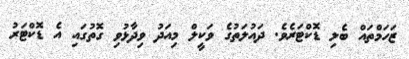
ޒަހަމްތައް ބެލި ޑޮކްޓަރެވެ. ދައުލަތުގެ ވަކީލް މިއަދު ވިދާޅުވި ގޮތުގައި އެ ޑޮކްޓަރު